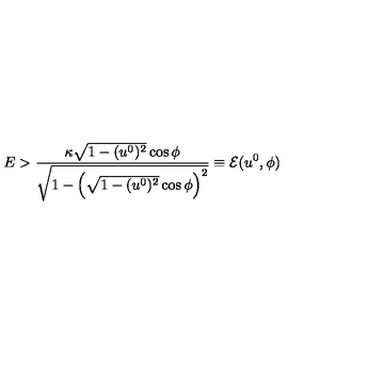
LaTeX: E > \frac { \kappa \sqrt { 1 - ( u ^ { 0 } ) ^ { 2 } } \cos \phi } { \sqrt { 1 - \left( \sqrt { 1 - ( u ^ { 0 } ) ^ { 2 } } \cos \phi \right) ^ { 2 } } } \equiv \mathcal { E } ( u ^ { 0 } , \phi )